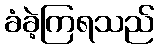
ခံခဲ့ကြရသည်